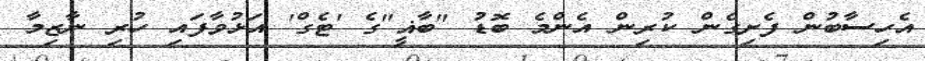
އެހިސާބުން ފެށިގެން ކުރިން އެންމެ ބޮޑު "ބާޣީ"ގެ 'ޓެގް' އަޅުވާފައި ހުރި ނާޒިމާ